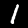
Digit: 1